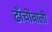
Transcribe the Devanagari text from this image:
ढाँचोंवाली